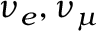
\nu _ { e } , \nu _ { \mu }